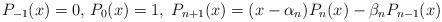
LaTeX: \begin{align*}P_{-1}(x)=0,\, P_{0}(x)=1,\;P_{n+1}(x)=(x-\alpha_n)P_{n}(x) - \beta_n P_{n-1}(x)\end{align*}